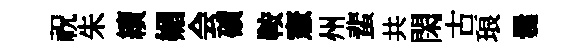
祝朱續媚会磧鞍憲州蜚共閑古琅爨